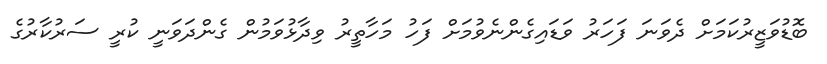
ބޮޑުވަޒީރުކަމަށް ދެވަނަ ފަހަރު ވަޑައިގެންނެވުމަށް ފަހު މަހާތީރު ވިދާޅުވަމުން ގެންދަވަނީ ކުރީ ސަރުކާރުގެ